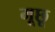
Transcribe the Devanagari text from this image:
मूछू